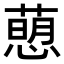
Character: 𢡗